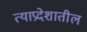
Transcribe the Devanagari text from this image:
त्याप्रदेशातील